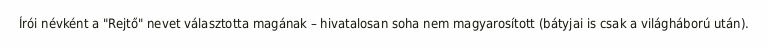
Írói névként a "Rejtő" nevet választotta magának – hivatalosan soha nem magyarosított (bátyjai is csak a világháború után).